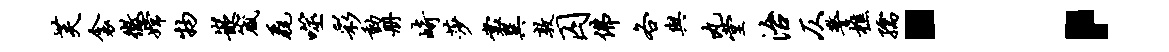
芙衾征嫦物嵌箴毳噬彩动册崎莎裳巽敦囚佛各与丸堂治仄警樵孺：